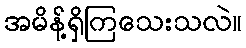
အမိန့်ရှိကြသေးသလဲ။